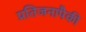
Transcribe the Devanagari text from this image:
प्रतिजनापैकी